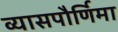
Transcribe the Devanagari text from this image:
व्यासपौर्णिमा